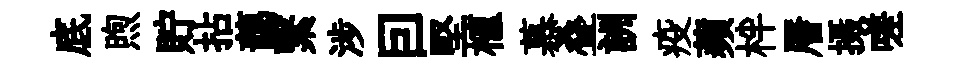
底煦貯拈藹繄涉囙堅植慕叠詶疫蘋柈層摄嗟